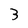
Character: 3